Report of an investigation in regard to the prevalence of stegomyia and other mosquitoes in Karachi, and the measures necessary for their control
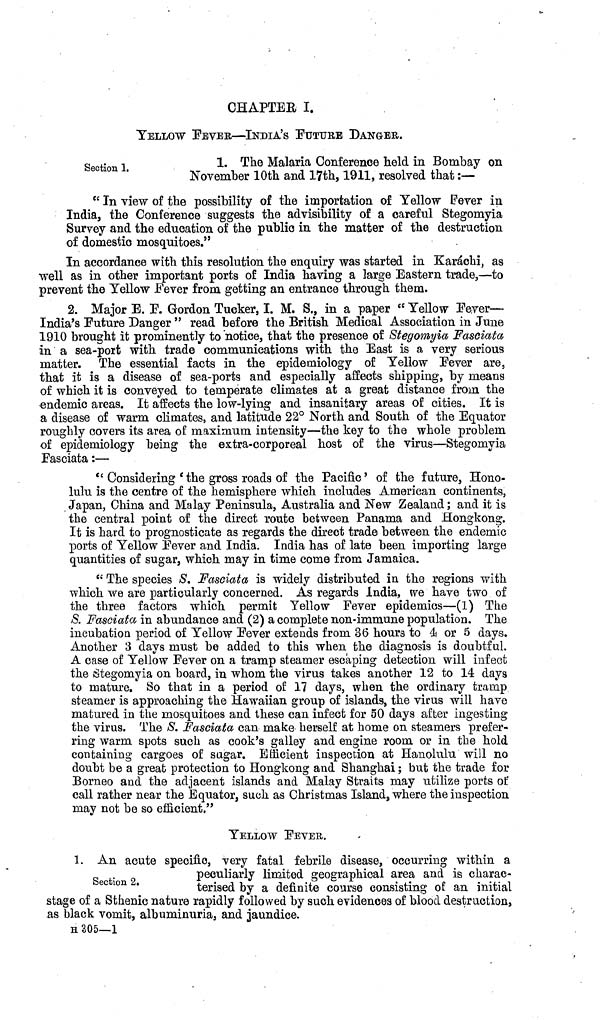
CHAPTER I.
YELLOW FEVER—INDIA'S FUTURE DANGER.
Section 1.
1. The Malaria Conference held in Bombay on
November 10th and 17th, 1911, resolved that:—
" In view of the possibility of the importation of Yellow Fever in
India, the Conference suggests the advisibility of a careful Stegomyia
Survey and the education of the public in the matter of the destruction
of domestic mosquitoes."
In accordance with this resolution the enquiry was started in Karachi, as
well as in other important ports of India having a large Eastern trade,—to
prevent the Yellow Fever from getting an entrance through them.
2. Major E. E. Gordon Tucker, I. M. S., in a paper " Yellow Fever—
India's F0uture Danger " read before the British Medical Association in June
1910 brought it prominently to notice, that the presence of Stegomyia Fasciata
in a sea-port with trade communications with the East is a very serious
matter. The essential facts in the epidemiology of Yellow Fever are,
that it is a disease of sea-ports and especially affects shipping, by means
of which it is conveyed to temperate climates at a great distance from the
endemic areas. It affects the low-lying and insanitary areas of cities. It is
a disease of warm climates, and latitude 22° North and South of the Equator
roughly covers its area of maximum intensity—the key to the whole problem
of epidemiology being the extra-corporeal host of the virus—Stegomyia
Fasciata:—
" Considering ' the gross roads of the Pacific' of the future, Hono-
lulu is the centre of the hemisphere which includes American continents,
Japan, China and Malay Peninsula, Australia and New Zealand; and it is
the central point of the direct route between Panama and Hongkong.
It is hard to prognosticate as regards the direct trade between the endemic
ports of Yellow Fever and India. India has of late been importing large
quantities of sugar, which may in time come from Jamaica.
" The species S. Fasciata is widely distributed in the regions with
which we are particularly concerned. As regards India, we have two of
the three factors which permit Yellow Fever epidemics—(1) The
S. Fasciata in abundance and (2) a complete non-immune population. The
incubation period of Yellow Fever extends from 36 hours to 4 or 5 days.
Another 3 days must be added to this when the diagnosis is doubtful.
A case of Yellow Fever on a tramp steamer escaping detection will infect
the Stegomyia on board, in whom the virus takes another 12 to 14 days
to mature. So that in a period of 17 days, when the ordinary tramp
steamer is approaching the Hawaiian group of islands, the virus will have
matured in the mosquitoes and these can infect for 50 days after ingesting
the virus. The S. Fasciata can make herself at home on steamers prefer-
ring warm spots such as cook's galley and engine room or in the hold
containing cargoes of sugar. Efficient inspection at Hanolulu will no
doubt be a great protection to Hongkong and Shanghai; but the trade for
Borneo and the adjacent islands and Malay Straits may utilize ports of
call rather near the Equator, such as Christmas Island, where the inspection
may not be so efficient."
YELLOW FEVER.
Section 2.
1. An acute specific, very fatal febrile disease, occurring within a
peculiarly limited geographical area and is charac-
terised by a definite course consisting of an initial
stage of a Sthenic nature rapidly followed by such evidences of blood destructions
as black vomit, albuminuria, and jaundice.
H 305—1